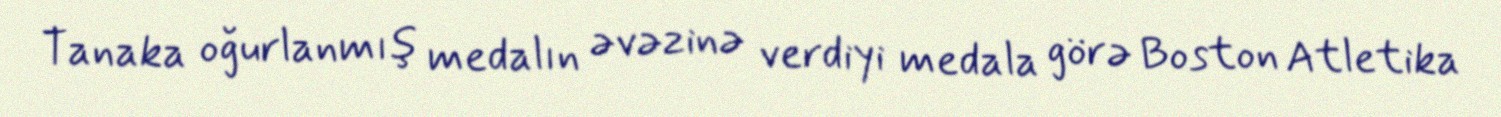
Tanaka oğurlanmış medalın əvəzinə verdiyi medala görə Boston Atletika